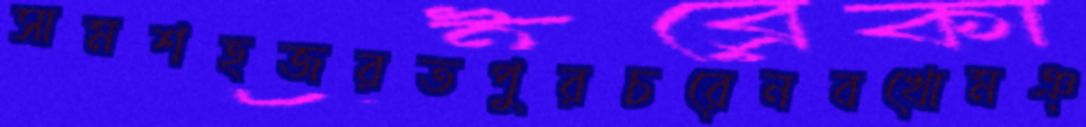
সামশহজরতপুরচরেনবখোমঞ্